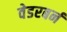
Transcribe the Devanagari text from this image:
वेडरबर्न